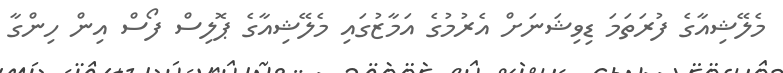
މެލޭޝިއާގެ ފުރަތަމަ ޑިވިޝަނަށް އެރުމުގެ އަމާޒުގައި މެލޭޝިއާގެ ޕޮލިސް ފޯސް އިން ހިންގާ